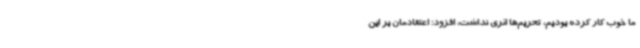
ما خوب کار کرده بودیم، تحریم‌ها اثری نداشت، افزود: اعتقادمان بر این